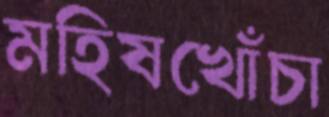
মহিষখোঁচা